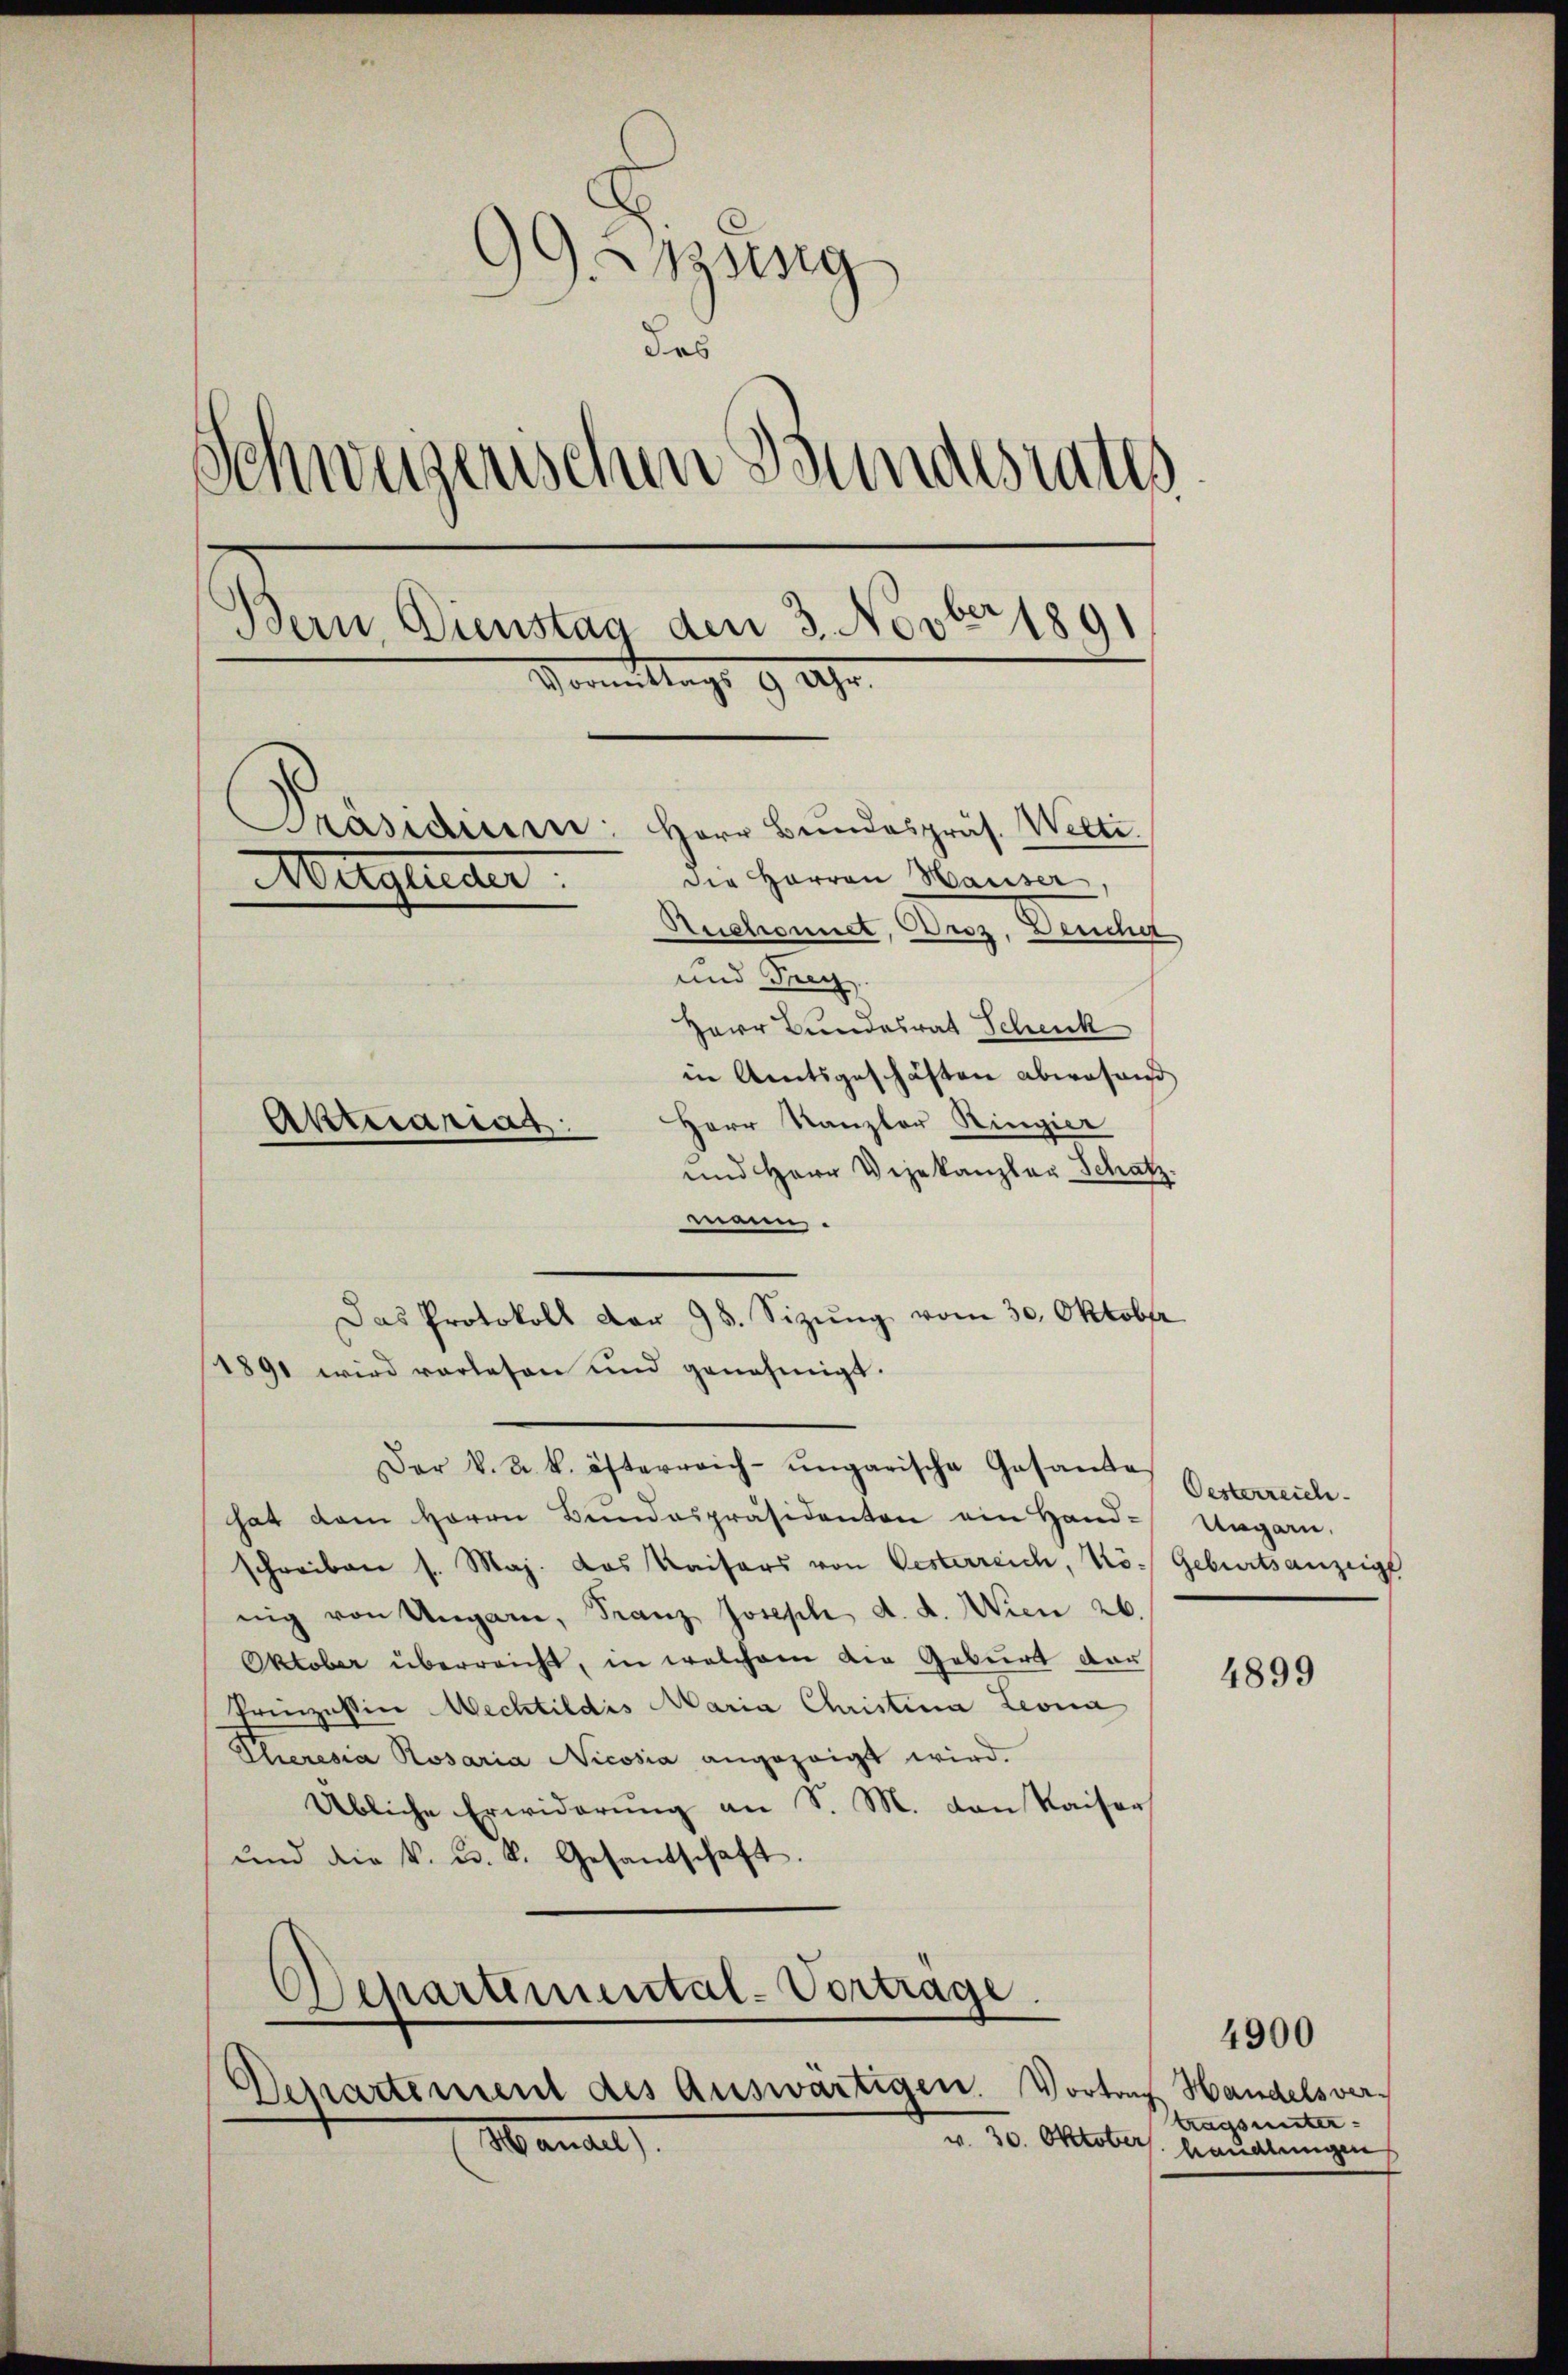
99. Assig
des
Schweizerischen Bundesrates
Bern, Dienstag den 3. Novber 1891
Vormittags 9 Uhr.
Präsidium: Herr Bundespräs. Welti.
Die Herren Hauser,
Mitglieder
Auchonnet, Droz, Deucher,
und Frey
Herr Bundesrat Schenk
in Amtsgeschäften abwesend
Herr Kanzler Ringier
Aktuariats

und Herr Vizekanzler Schatz.
mei.
1891 wird vorlesen und genehmigt.
Der k. k. k. österreich-ungarische Gesande
hat dem Herrn Bŭndespräsidenten ein Hand- Ungarn,
schreiben s. Maj. das Kaisers von Oesterreich, Kö- Geburtsanzeige
nig von Ungarn, Franz Joseph d. d. Wien 26.
Oktober überreicht, in welchem die Geburt der
Prinzessin Mechtildis Maria Christina Leona
Eheresia Rosaria Nicosia angezeigt wird.
Übliche Erwiderung an S. M. von Kaiser
und die k. u. k. Gesantschaft.
Departemental-Vortrage.
Departement des Auswärtigen. Vortof Handelsver¬
Mandel
v. 30. Oktobers handlungen

Das Protokoll der 98. Sizŭng vom 30. Oktober

Oesterreich

4899

tragsunter-

4900